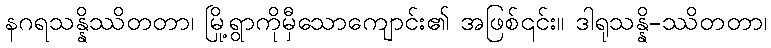
နဂရသန္နိဿိတတာ၊ မြို့ရွာကိုမှီသောကျောင်း၏ အဖြစ်၎င်း။ ဒါရုသန္နိ-ဿိတတာ၊